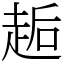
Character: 䞧